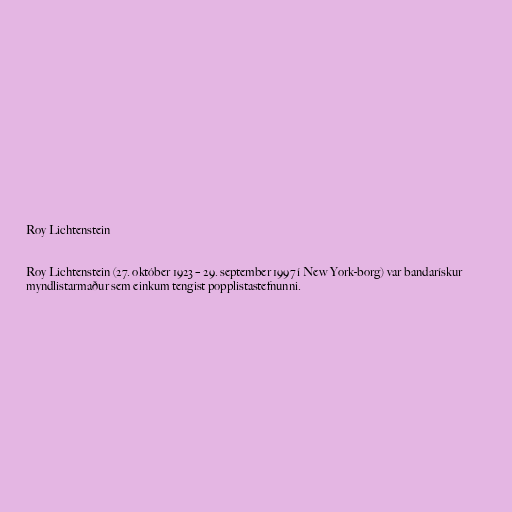
Roy Lichtenstein

Roy Lichtenstein (27. október 1923 – 29. september 1997 í New York-borg) var bandarískur
myndlistarmaður sem einkum tengist popplistastefnunni.